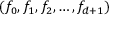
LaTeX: ( f _ { 0 } , f _ { 1 } , f _ { 2 } , \ldots , f _ { d + 1 } )